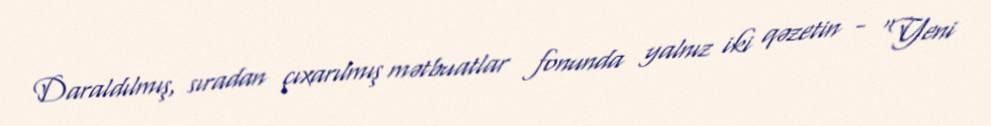
Daraldılmış, sıradan çıxarılmış mətbuatlar fonunda yalnız iki qəzetin - “Yeni